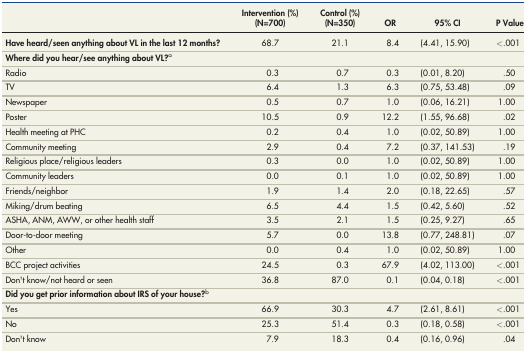
<table><thead><tr><td></td><td><b>Intervention (%) (N=700)</b></td><td><b>Control (%) (N=350)</b></td><td><b>OR</b></td><td><b>95% CI</b></td><td><b><i>P</i> Value</b></td></tr></thead><tbody><tr><td><b>Have heard/seen anything about VL in the last 12 months?</b></td><td>68.7</td><td>21.1</td><td>8.4</td><td>(4.41, 15.90)</td><td>&lt;.001</td></tr><tr><td><b>Where did you hear/see anything about VL?</b><sup>a</sup></td><td></td><td></td><td></td><td></td><td></td></tr><tr><td>Radio</td><td>0.3</td><td>0.7</td><td>0.3</td><td>(0.01, 8.20)</td><td>.50</td></tr><tr><td>TV</td><td>6.4</td><td>1.3</td><td>6.3</td><td>(0.75, 53.48)</td><td>.09</td></tr><tr><td>Newspaper</td><td>0.5</td><td>0.7</td><td>1.0</td><td>(0.06, 16.21)</td><td>1.00</td></tr><tr><td>Poster</td><td>10.5</td><td>0.9</td><td>12.2</td><td>(1.55, 96.68)</td><td>.02</td></tr><tr><td>Health meeting at PHC</td><td>0.2</td><td>0.4</td><td>1.0</td><td>(0.02, 50.89)</td><td>1.00</td></tr><tr><td>Community meeting</td><td>2.9</td><td>0.4</td><td>7.2</td><td>(0.37, 141.53)</td><td>.19</td></tr><tr><td>Religious place/religious leaders</td><td>0.3</td><td>0.0</td><td>1.0</td><td>(0.02, 50.89)</td><td>1.00</td></tr><tr><td>Community leaders</td><td>0.0</td><td>0.1</td><td>1.0</td><td>(0.02, 50.89)</td><td>1.00</td></tr><tr><td>Friends/neighbor</td><td>1.9</td><td>1.4</td><td>2.0</td><td>(0.18, 22.65)</td><td>.57</td></tr><tr><td>Miking/drum beating</td><td>6.5</td><td>4.4</td><td>1.5</td><td>(0.42, 5.60)</td><td>.52</td></tr><tr><td>ASHA, ANM, AWW, or other health staff</td><td>3.5</td><td>2.1</td><td>1.5</td><td>(0.25, 9.27)</td><td>.65</td></tr><tr><td>Door-to-door meeting</td><td>5.7</td><td>0.0</td><td>13.8</td><td>(0.77, 248.81)</td><td>.07</td></tr><tr><td>Other</td><td>0.0</td><td>0.4</td><td>1.0</td><td>(0.02, 50.89)</td><td>1.00</td></tr><tr><td>BCC project activities</td><td>24.5</td><td>0.3</td><td>67.9</td><td>(4.02, 113.00)</td><td>&lt;.001</td></tr><tr><td>Don&#x27;t know/not heard or seen</td><td>36.8</td><td>87.0</td><td>0.1</td><td>(0.04, 0.18)</td><td>&lt;.001</td></tr><tr><td><b>Did you get prior information about IRS of your house?</b><sup>b</sup></td><td></td><td></td><td></td><td></td><td></td></tr><tr><td>Yes</td><td>66.9</td><td>30.3</td><td>4.7</td><td>(2.61, 8.61)</td><td>&lt;.001</td></tr><tr><td>No</td><td>25.3</td><td>51.4</td><td>0.3</td><td>(0.18, 0.58)</td><td>&lt;.001</td></tr><tr><td>Don&#x27;t know</td><td>7.9</td><td>18.3</td><td>0.4</td><td>(0.16, 0.96)</td><td>.04</td></tr></tbody></table>